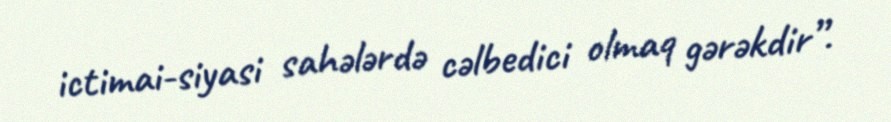
ictimai-siyasi sahələrdə cəlbedici olmaq gərəkdir”.